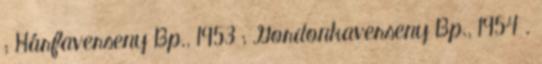
; Hárfaverseny Bp., 1953 ; Gordonkaverseny Bp., 1954 .